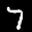
Label: 7